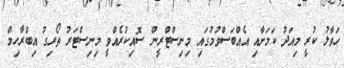
ހަވާލު ކުރީ މިއަދު ކަމަށާއި އެއްބަސްވުމުގައި މިނިސްޓްރީން ސޮއިކުރެއްވީ މިނިސްޓަރު ތޯރިގު އިބްރާހިމް